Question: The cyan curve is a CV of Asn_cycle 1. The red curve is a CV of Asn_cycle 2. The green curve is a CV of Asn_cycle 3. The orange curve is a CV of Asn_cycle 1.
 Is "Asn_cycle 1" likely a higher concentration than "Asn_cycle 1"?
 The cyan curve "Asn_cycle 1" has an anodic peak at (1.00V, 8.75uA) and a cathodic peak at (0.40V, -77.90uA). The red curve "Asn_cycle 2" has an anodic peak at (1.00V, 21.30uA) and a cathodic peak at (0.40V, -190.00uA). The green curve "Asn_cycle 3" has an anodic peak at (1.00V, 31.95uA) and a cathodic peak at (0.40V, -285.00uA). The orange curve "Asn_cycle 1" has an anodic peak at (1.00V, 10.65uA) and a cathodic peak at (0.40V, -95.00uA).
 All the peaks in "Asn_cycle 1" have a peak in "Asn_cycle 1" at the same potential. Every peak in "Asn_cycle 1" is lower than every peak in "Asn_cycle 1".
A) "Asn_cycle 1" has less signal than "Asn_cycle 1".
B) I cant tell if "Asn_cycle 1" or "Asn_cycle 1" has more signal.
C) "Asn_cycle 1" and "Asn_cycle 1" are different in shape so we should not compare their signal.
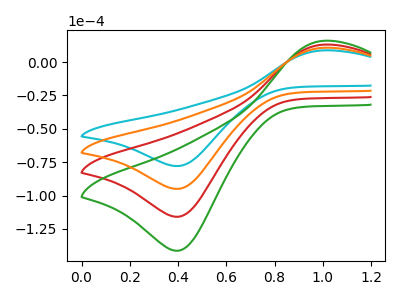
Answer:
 <answer>A) "Asn_cycle 1" has less signal than "Asn_cycle 1".</answer>
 <eval>A</eval>